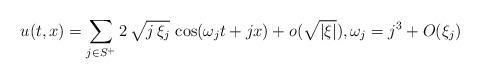
LaTeX: \begin{align*}u(t, x)=\sum_{j\in S^+}2\,\sqrt{j\,\xi_j}\,\cos(\omega_j t+j x)+o(\sqrt{\lvert \xi \rvert}), \omega_j=j^3+O(\xi_j)\end{align*}